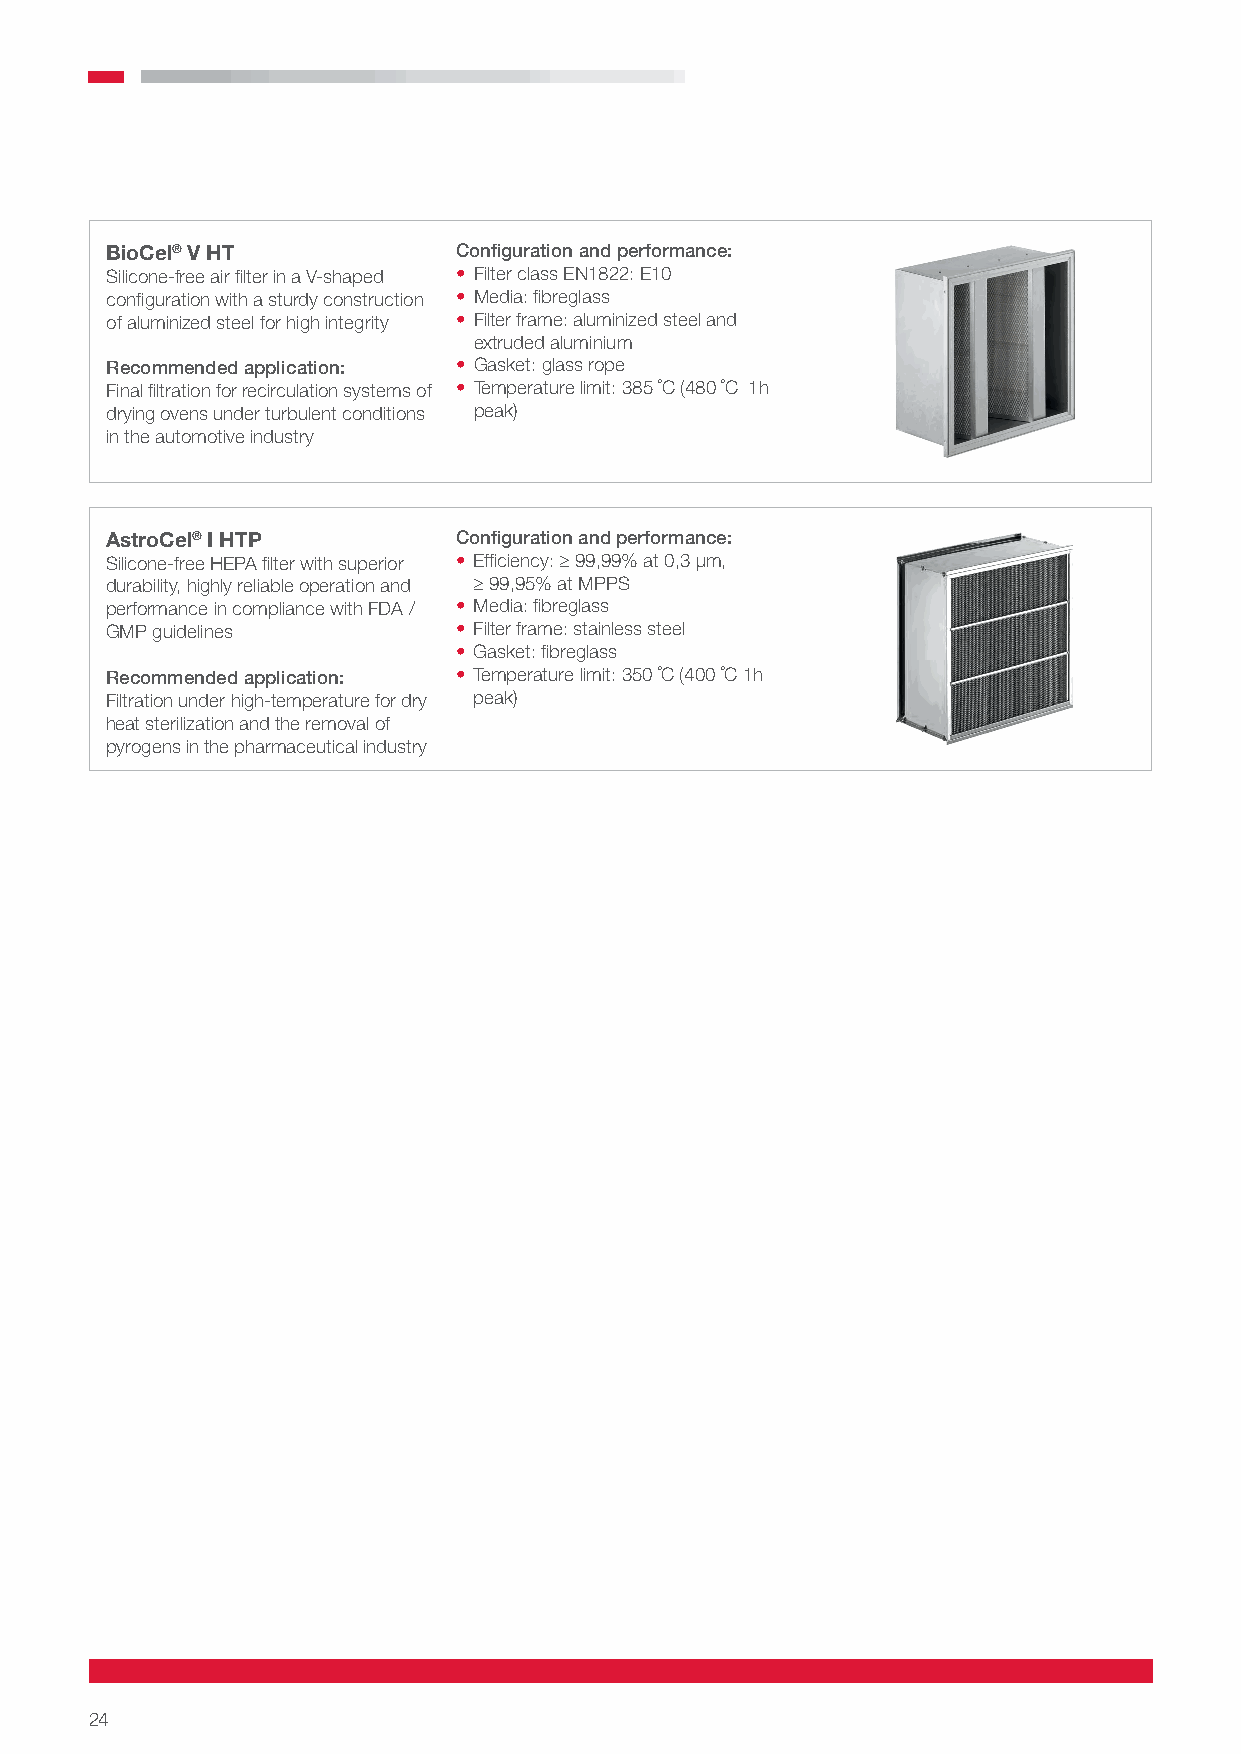
BioCel® V HT           Configuration and performance:
 Silicone-free air filter in a V-shaped • Filter class EN1822: E10
 configuration with a sturdy construction • Media: fibreglass
 of aluminized steel for high integrity • Filter frame: aluminized steel and
 extruded aluminium
 Recommended application: • Gasket: glass rope
 Final filtration for recirculation systems of • Temperature limit: 385 ˚C (480 ˚C 1h
 drying ovens under turbulent conditions peak)
 in the automotive industry
 AstroCel® I HTP        Configuration and performance:
 Silicone-free HEPA filter with superior • Efficiency: ≥ 99,99% at 0,3 µm,
 durability, highly reliable operation and ≥ 99,95% at MPPS
 performance in compliance with FDA / • Media: fibreglass
 GMP guidelines         • Filter frame: stainless steel
 • Gasket: fibreglass
 Recommended application: • Temperature limit: 350 ˚C (400 ˚C 1h
 Filtration under high-temperature for dry peak)
 heat sterilization and the removal of
 pyrogens in the pharmaceutical industry
 24